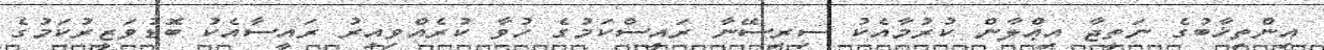
އިންތިޚާބުގެ ނަތީޖާ އިޢްލާން ކުރުމާއެކު ސިރިސޭނާ ރައީސްކަމުގެ ހުވާ ކުރެއްވިއިރު ރައީސާއެކު ބޮޑުވަޒީރުކަމުގެ